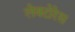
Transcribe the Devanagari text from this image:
लेक्टोरेस